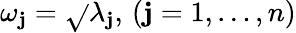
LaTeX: \omega_{\mathbf{j}}=\sqrt{}{{\lambda_{\mathbf{j}}}},\, (\mathbf{j}=1,\dots,n)